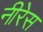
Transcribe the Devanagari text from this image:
नीरेस